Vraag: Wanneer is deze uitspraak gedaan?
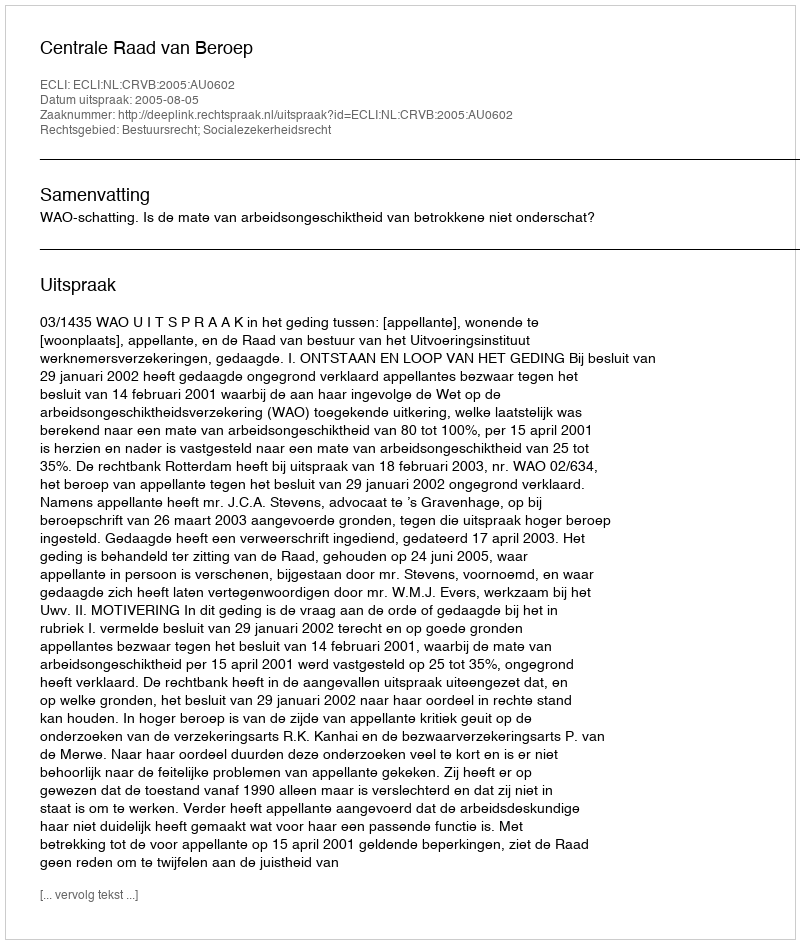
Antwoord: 2005-08-05